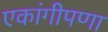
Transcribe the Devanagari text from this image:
एकांगीपणा